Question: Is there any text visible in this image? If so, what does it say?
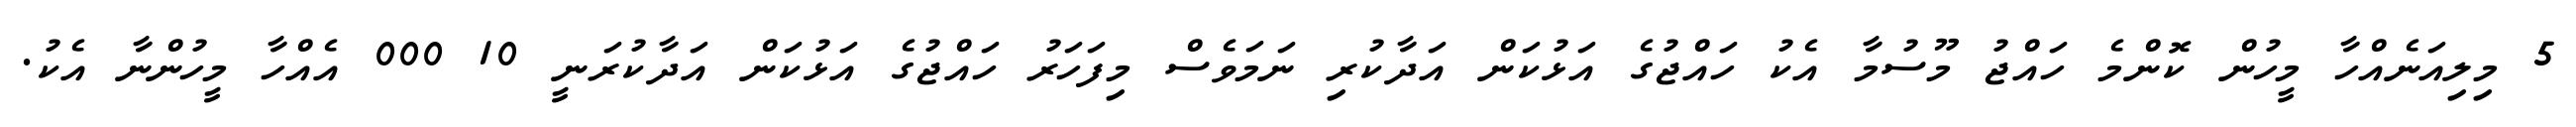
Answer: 5 މިލިއަނެއްހާ މީހުން ކޮންމެ ހައްޖު މޫސުމާ އެކު ހައްޖުގެ އަޅުކަން އަދާކުރި ނަމަވެސް މިފަހަރު ހައްޖުގެ އަޅުކަން އަދާކުރަނީ 10 000 އެއްހާ މީހުންނާ އެކު.